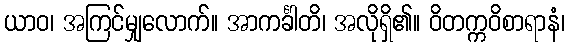
ယာဝ၊ အကြင်မျှလောက်။ အာကင်္ခါတိ၊ အလိုရှိ၏။ ဝိတက္ကဝိစာရာနံ၊